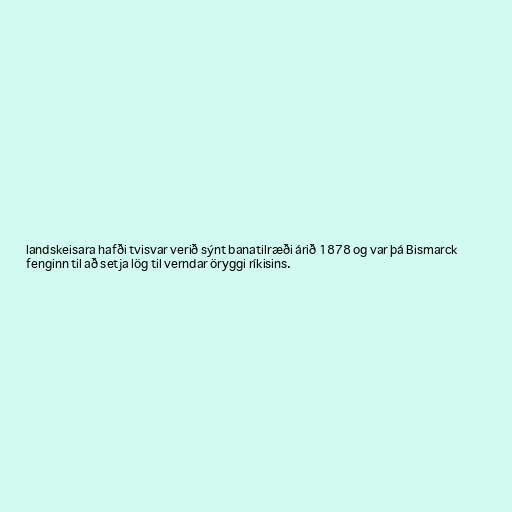
landskeisara hafði tvisvar verið sýnt banatilræði árið 1878 og var þá Bismarck
fenginn til að setja lög til verndar öryggi ríkisins.